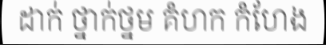
ដាក់ ថ្នាក់ថ្នម គំហក កំហែង